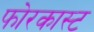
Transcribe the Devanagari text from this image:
फोरकास्ट